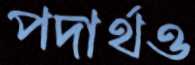
পদার্থও